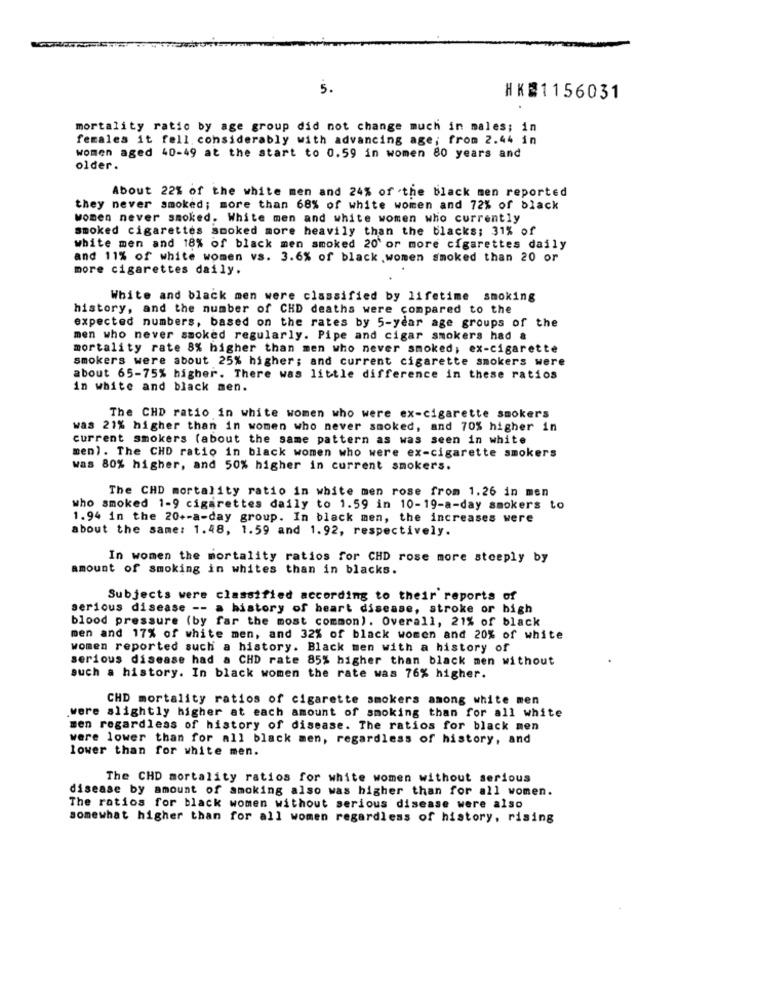
5 .
HK 1156031
mortality ratic by age group did not change much in males; in
females it fell. considerably with advancing age; from 2.44 in
women aged 40-49 at the start to 0.59 in women 80 years and
older.
About 22% of the white men and 24% of the black men reported
they never smoked; more than 68% of white women and 72% of black
women never smoked. White men and white women who currently
smoked cigarettes smoked more heavily than the blacks; 31% of
white men and 18% of black men smoked 20' or more cigarettes daily
and 11% of white women vs. 3.6% of black women smoked than 20 or
more cigarettes daily.
White and black men were classified by lifetime smoking
history, and the number of CHD deaths were compared to the
expected numbers, based on the rates by 5-year age groups of the
men who never smoked regularly. Pipe and cigar smokers had &
mortality rate 8% higher than men who never smoked; ex-cigarette
smokers were about 25% higher; and current cigarette smokers were
about 65-75% higher. There was little difference in these ratios
in white and black men.
The CHD ratio in white women who were ex-cigarette smokers
was 21% higher than in women who never smoked, and 70% higher in
current smokers (about the same pattern as was seen in white
men). The CHD ratio in black women who were ex-cigarette smokers
was 80% higher, and 50% higher in current smokers.
The CHD mortality ratio in white men rose from 1.26 in men
who smoked 1-9 cigarettes daily to 1.59 in 10-19-a-day smokers to
1.94 in the 20+-a-day group. In black men, the increases were
about the same: 1.48, 1.59 and 1.92, respectively.
In women the mortality ratios for CHD rose more stoeply by
amount of smoking in whites than in blacks.
Subjects were classified according to their reports of
serious disease -- a history of heart disease, stroke or high
blood pressure (by far the most common). Overall, 21% of black
men and 17% of white men, and 32% of black women and 20% of white
women reported such a history. Black men with a history of
serious disease had a CHD rate 85% higher than black men without
such a history. In black women the rate was 76% higher.
CHD mortality ratios of cigarette smokers among white men
were slightly higher at each amount of smoking than for all white
men regardless of history of disease. The ratios for black men
were lower than for all black men, regardless of history, and
lower than for white men.
The CHD mortality ratios for white women without serious
disease by amount of smoking also was higher than for all women.
The ratios for black women without serious disease were also
somewhat higher than for all women regardless of history, rising